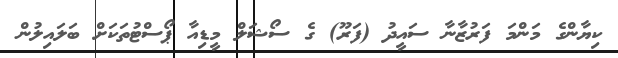
ކިޔާންގެ މަންމަ ފަރުޒާނާ ސައީދު (ފަރޫ) ގެ ސޯޝަލް މީޑިއާ ޕޯސްޓުތަކަށް ބަލައިލުން